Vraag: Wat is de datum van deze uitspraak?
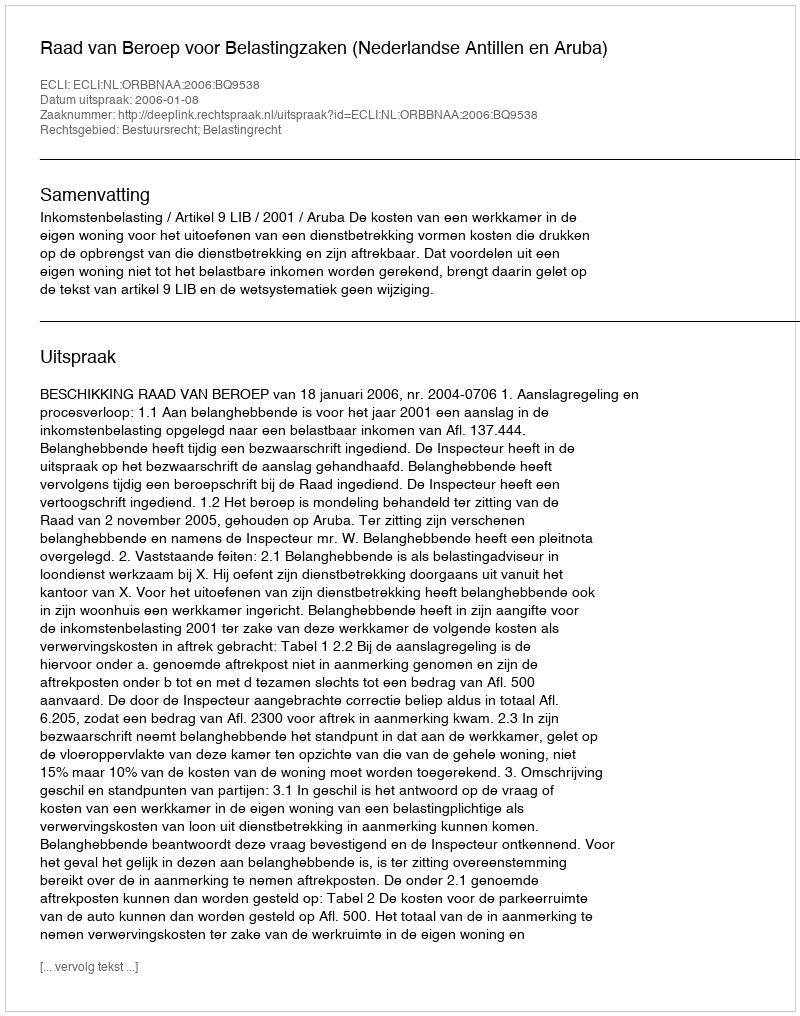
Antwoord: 2006-01-08